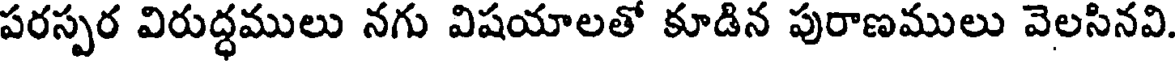
పరస్పర విరుద్ధములు నగు విషయాలతో కూడిన పురాణములు వెలసినవి